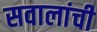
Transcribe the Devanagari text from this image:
सवालांची